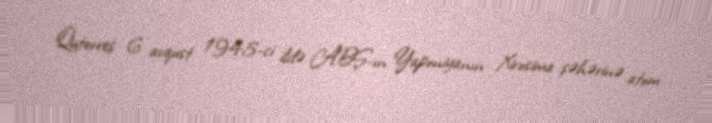
Quterreş 6 avqust 1945-ci ildə ABŞ-ın Yaponiyanın Xirosima şəhərinə atom